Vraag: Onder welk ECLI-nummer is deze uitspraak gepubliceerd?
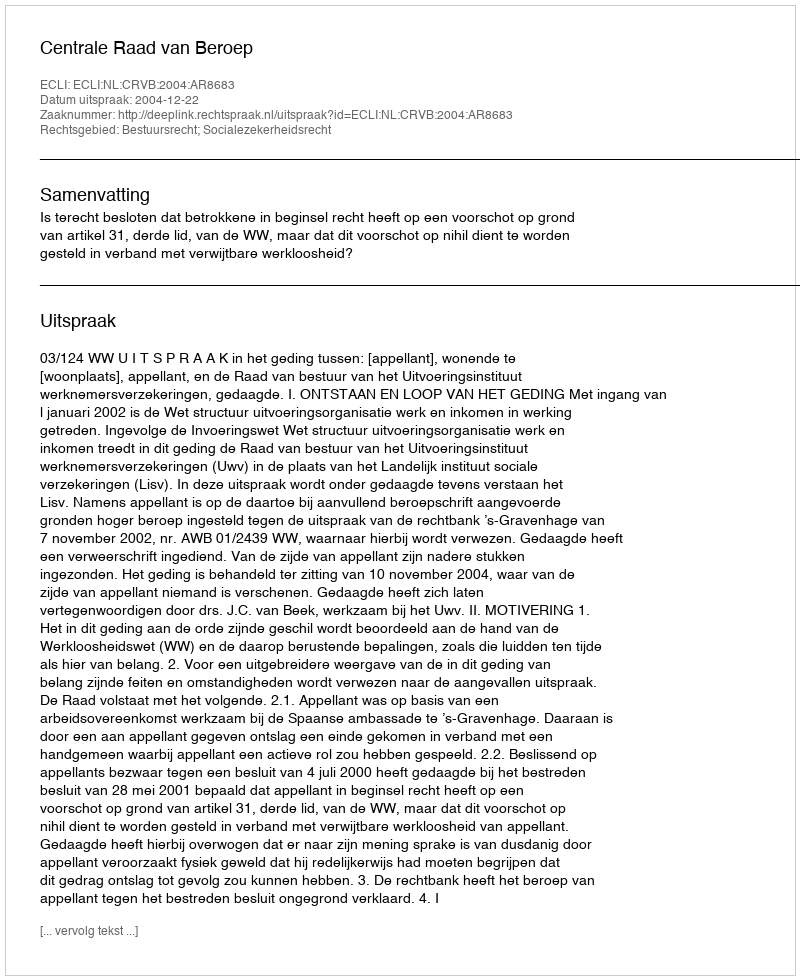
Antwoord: ECLI:NL:CRVB:2004:AR8683